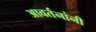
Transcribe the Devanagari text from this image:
आवर्तनांनी